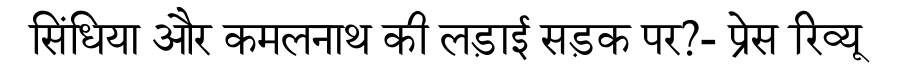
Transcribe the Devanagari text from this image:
सिंधिया और कमलनाथ की लड़ाई सड़क पर?- प्रेस रिव्यू